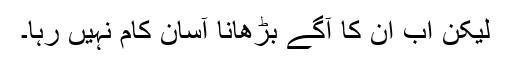
لیکن اب ان کا آگے بڑھانا آسان کام نہیں رہا۔